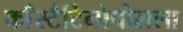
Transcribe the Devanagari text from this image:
काँस्टँटिनोपोलला